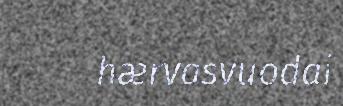
hærvasvuodai